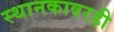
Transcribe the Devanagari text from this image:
स्थानकावरही